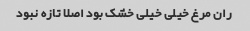
ران مرغ خیلی خیلی خشک بود اصلا تازه نبود